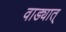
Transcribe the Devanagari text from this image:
वाड्यात्